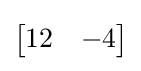
{\begin{bmatrix}12&-4\end{bmatrix}}